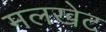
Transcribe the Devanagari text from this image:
मलखेट